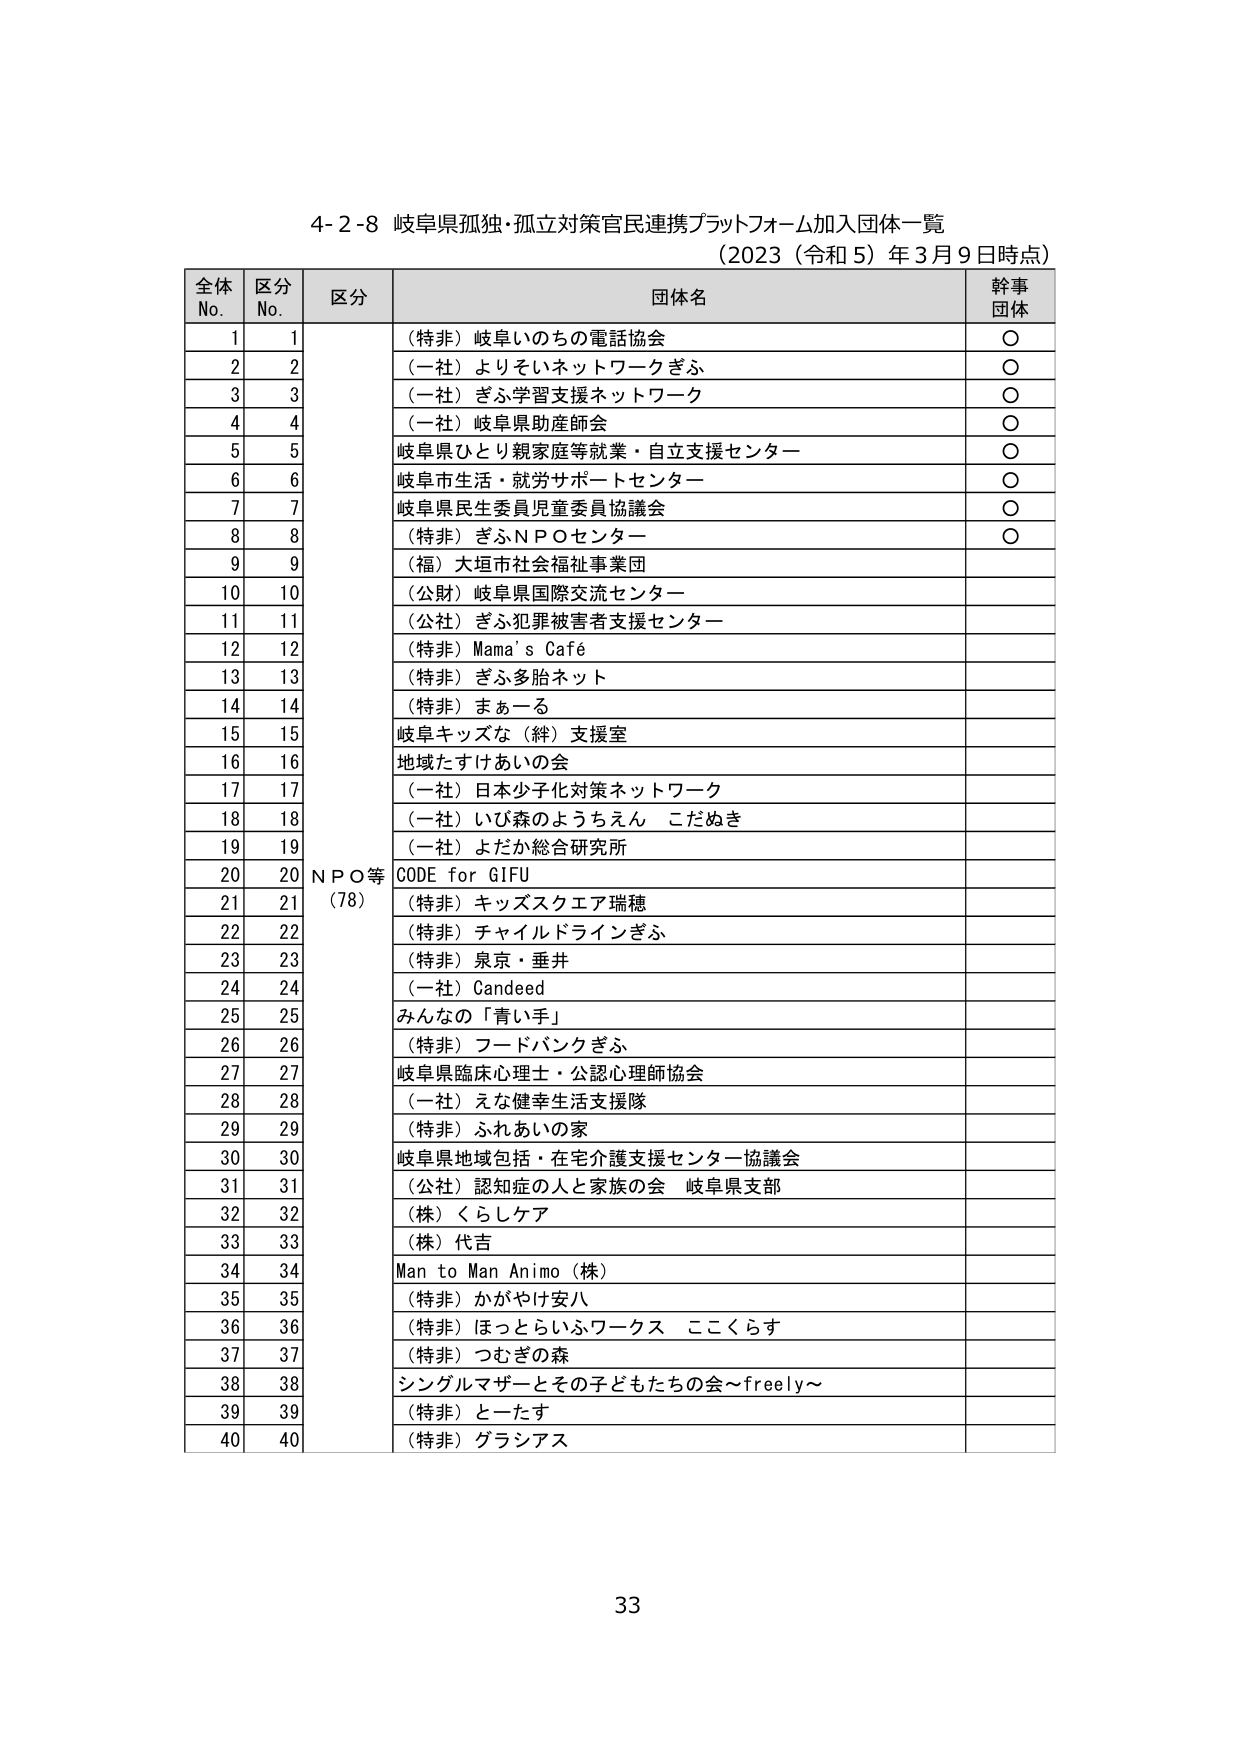
4-2-8 岐阜県孤独・孤立対策官民連携プラットフォーム加入団体一覧
（2023（令和5）年3月9日時点）

全体No. 区分No. 区分 団体名 幹事団体
1 1 （特非）岐阜いのちの電話協会 ○
2 2 （一社）よりそいネットワークぎふ ○
3 3 （一社）ぎふ学習支援ネットワーク ○
4 4 （一社）岐阜県助産師会 ○
5 5 岐阜県ひとり親家庭等就業・自立支援センター ○
6 6 岐阜市生活・就労サポートセンター ○
7 7 岐阜県民生委員児童委員協議会 ○
8 8 （特非）ぎふＮＰＯセンター ○
9 9 （福）大垣市社会福祉事業団
10 10 （公財）岐阜県国際交流センター
11 11 （公社）ぎふ犯罪被害者支援センター
12 12 （特非）Mama's Café
13 13 （特非）ぎふ多胎ネット
14 14 （特非）まぁーる
15 15 岐阜キッズな（絆）支援室
16 16 地域たすけあいの会
17 17 （一社）日本少子化対策ネットワーク
18 18 （一社）いび森のようちえん こだぬき
19 19 （一社）よだか総合研究所
20 20 ＮＰＯ等（78） CODE for GIFU
21 21 （特非）キッズスクエア瑞穂
22 22 （特非）チャイルドラインぎふ
23 23 （特非）泉京・垂井
24 24 （一社）Candeed
25 25 みんなの「青い手」
26 26 （特非）フードバンクぎふ
27 27 岐阜県臨床心理士・公認心理師協会
28 28 （一社）えな健幸生活支援隊
29 29 （特非）ふれあいの家
30 30 岐阜県地域包括・在宅介護支援センター協議会
31 31 （公社）認知症の人と家族の会 岐阜県支部
32 32 （株）くらしケア
33 33 （株）代吉
34 34 Man to Man Animo（株）
35 35 （特非）かがやけ安八
36 36 （特非）ほっとらいふワークス ここくらす
37 37 （特非）つむぎの森
38 38 シングルマザーとその子どもたちの会～freely～
39 39 （特非）とーたす
40 40 （特非）グラシアス

33